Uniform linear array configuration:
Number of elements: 32
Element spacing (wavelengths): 1
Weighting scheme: binomial
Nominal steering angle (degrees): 60
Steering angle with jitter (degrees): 58.657
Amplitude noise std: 0.05
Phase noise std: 0.05

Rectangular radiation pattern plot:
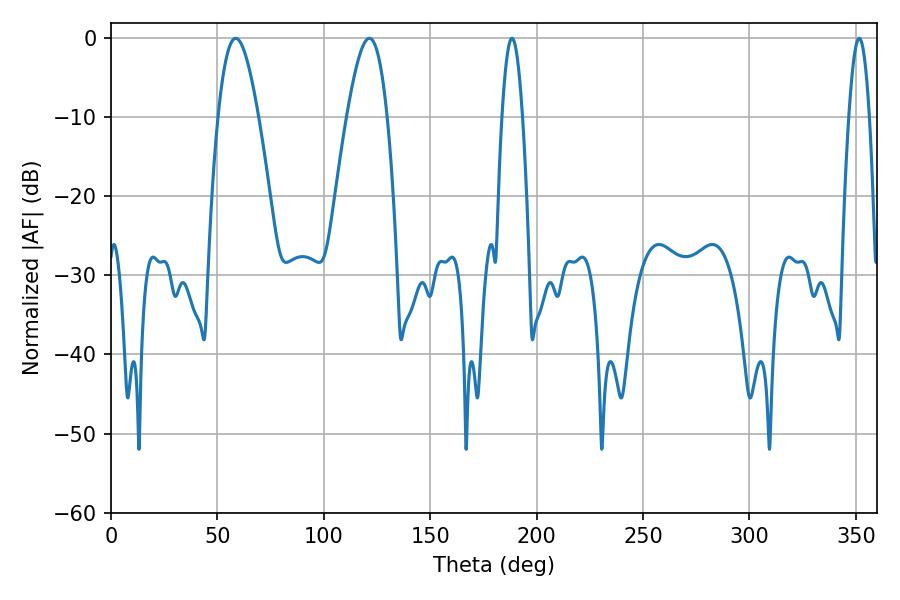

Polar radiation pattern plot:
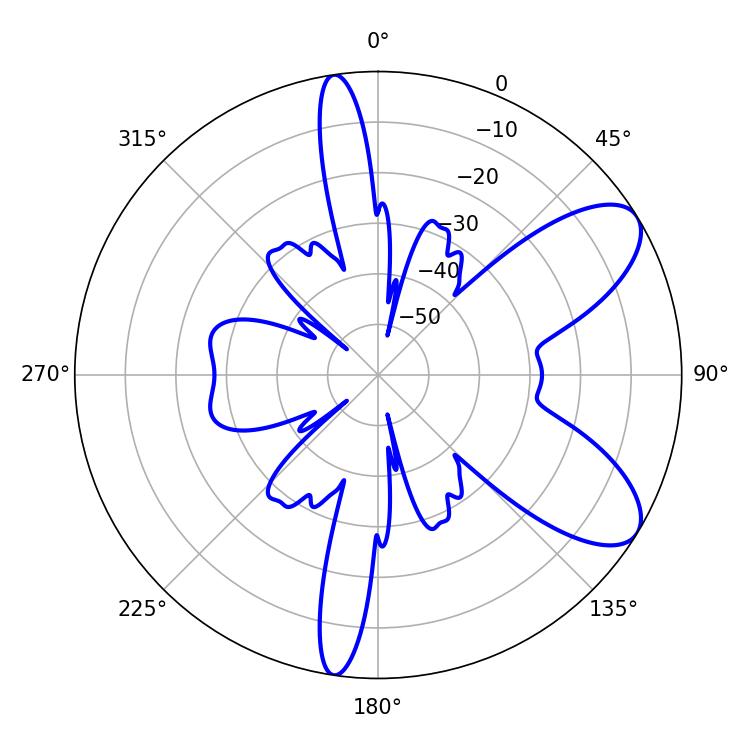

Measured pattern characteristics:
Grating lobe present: TRUE
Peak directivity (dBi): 8.204
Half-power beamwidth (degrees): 5.22
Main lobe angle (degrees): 188.46